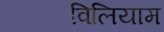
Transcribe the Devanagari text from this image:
विलियाम